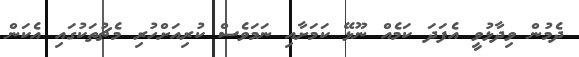
ދެމުން ވިދާޅުވީ އެފަދަ ކަމެއް ނޫޅޭ ކަމަށާއި ނަމަވެސް ކުރިއަށްހުރި މެޗުތަކުގައި އެކަން